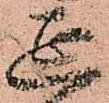
延